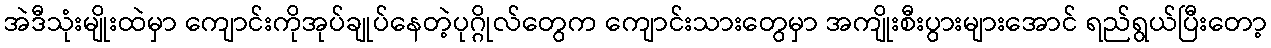
အဲဒီသုံးမျိုးထဲမှာ ကျောင်းကိုအုပ်ချုပ်နေတဲ့ပုဂ္ဂိုလ်တွေက ကျောင်းသားတွေမှာ အကျိုးစီးပွားများအောင် ရည်ရွယ်ပြီးတော့